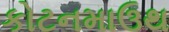
કોટનમાઉથ